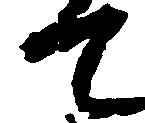
て